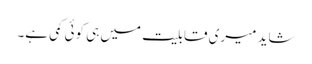
شاید میری قابلیت میں ہی کوئی کمی ہے۔